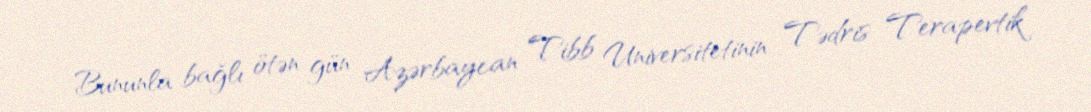
Bununla bağlı ötən gün Azərbaycan Tibb Universitetinin Tədris Terapevtik